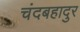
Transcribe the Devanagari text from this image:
चंदबहादुर